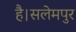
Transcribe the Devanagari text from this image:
है।सलेमपुर